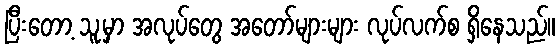
ပြီးတော့ သူ့မှာ အလုပ်တွေ အတော်များများ လုပ်လက်စ ရှိနေသည်။